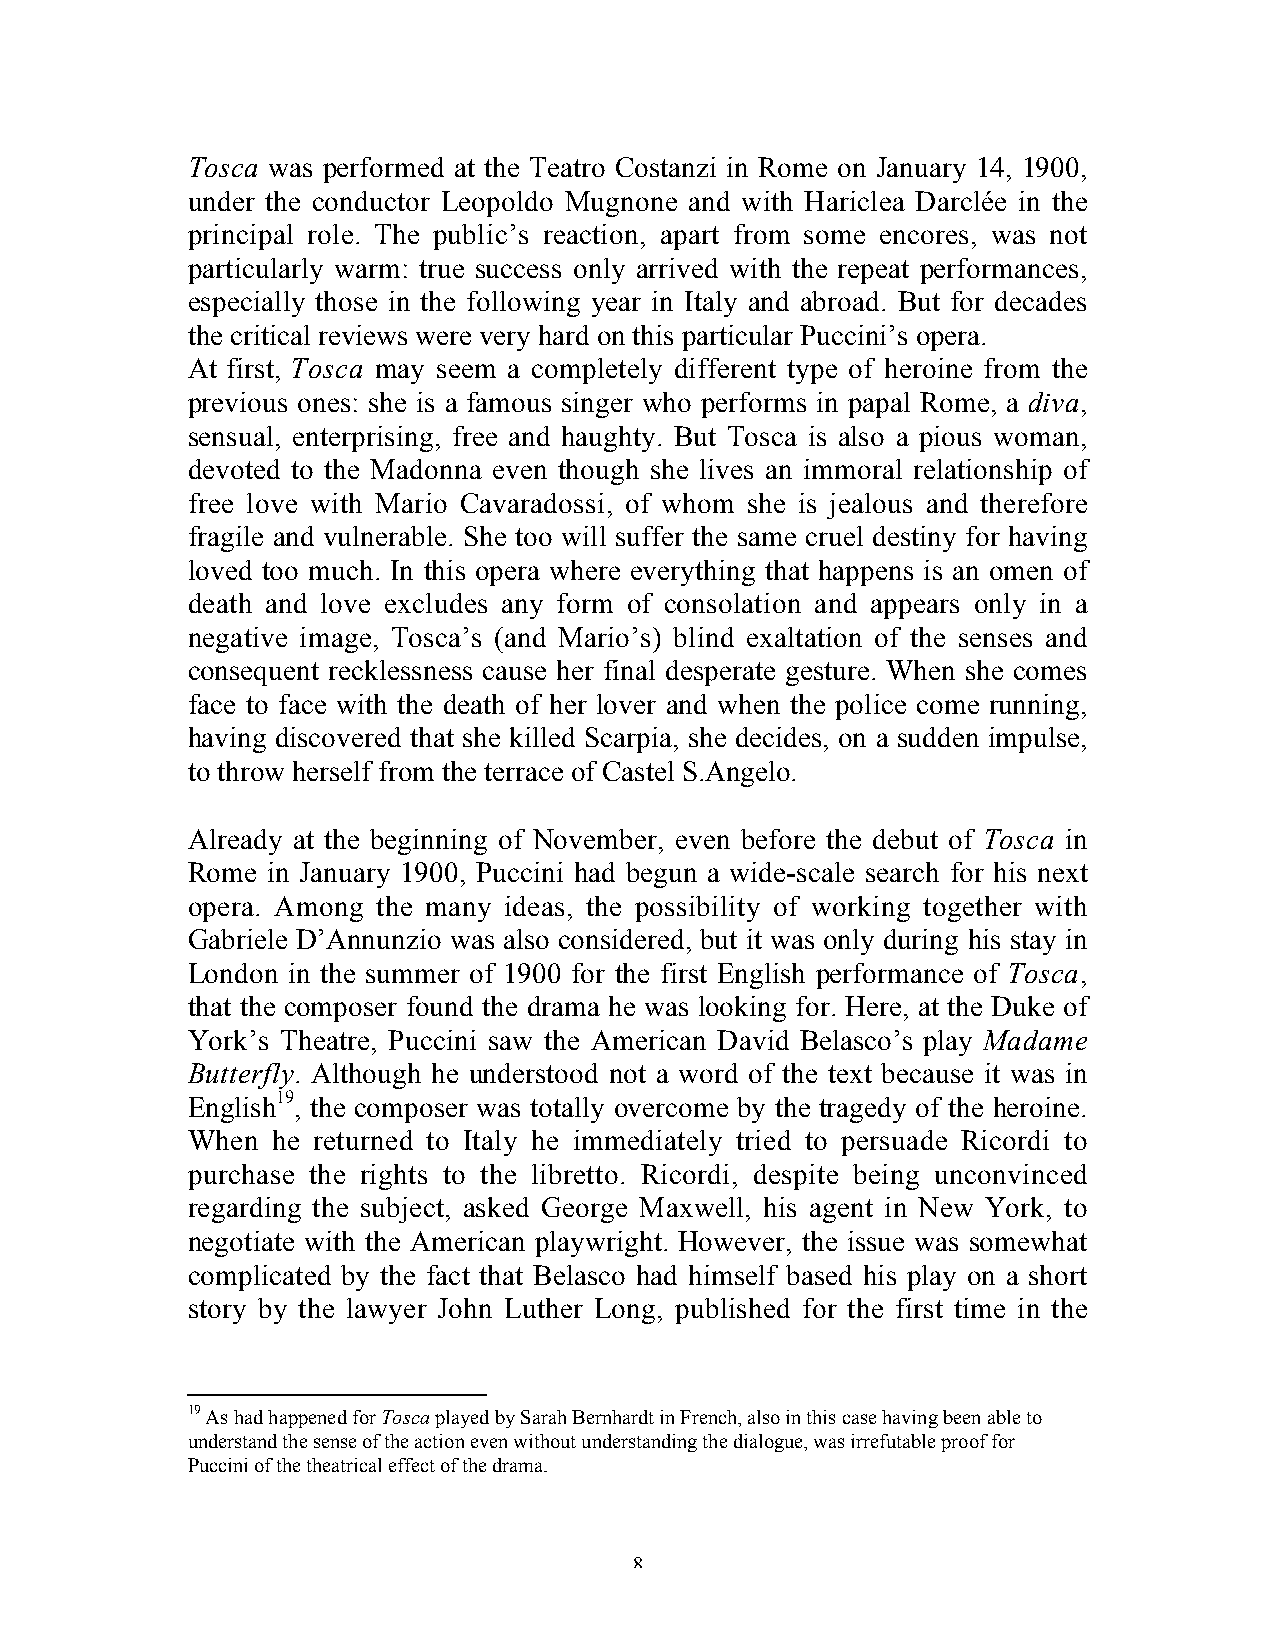
Tosca was performed at the Teatro Costanzi in Rome on January 14, 1900,
 under the conductor Leopoldo Mugnone and with Hariclea Darclée in the
 principal role. The public’s reaction, apart from some encores, was not
 particularly warm: true success only arrived with the repeat performances,
 especially those in the following year in Italy and abroad. But for decades
 the critical reviews were very hard on this particular Puccini’s opera.
 At first, Tosca may seem a completely different type of heroine from the
 previous ones: she is a famous singer who performs in papal Rome, a diva,
 sensual, enterprising, free and haughty. But Tosca is also a pious woman,
 devoted to the Madonna even though she lives an immoral relationship of
 free love with Mario Cavaradossi, of whom she is jealous and therefore
 fragile and vulnerable. She too will suffer the same cruel destiny for having
 loved too much. In this opera where everything that happens is an omen of
 death and love excludes any form of consolation and appears only in a
 negative image, Tosca’s (and Mario’s) blind exaltation of the senses and
 consequent recklessness cause her final desperate gesture. When she comes
 face to face with the death of her lover and when the police come running,
 having discovered that she killed Scarpia, she decides, on a sudden impulse,
 to throw herself from the terrace of Castel S.Angelo.
 Already at the beginning of November, even before the debut of Tosca in
 Rome  in January 1900, Puccini had begun a wide-scale search for his next
 opera. Among the many ideas, the possibility of working together with
 Gabriele D’Annunzio was also considered, but it was only during his stay in
 London in the summer of 1900 for the first English performance of Tosca,
 that the composer found the drama he was looking for. Here, at the Duke of
 York’s Theatre, Puccini saw the American David Belasco’s play Madame
 Butterfly. Although he understood not a word of the text because it was in
 English19, the composer was totally overcome by the tragedy of the heroine.
 When  he returned to Italy he immediately tried to persuade Ricordi to
 purchase the rights to the libretto. Ricordi, despite being unconvinced
 regarding the subject, asked George Maxwell, his agent in New York, to
 negotiate with the American playwright. However, the issue was somewhat
 complicated by the fact that Belasco had himself based his play on a short
 story by the lawyer John Luther Long, published for the first time in the
 19 As had happened for Tosca played by Sarah Bernhardt in French, also in this case having been able to
 understand the sense of the action even without understanding the dialogue, was irrefutable proof for
 Puccini of the theatrical effect of the drama.
 8